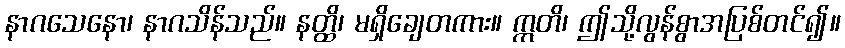
နာဂသေနော၊ နာဂသိန်သည်။ နတ္ထိ၊ မရှိချေတကား။ ဣတိ၊ ဤသို့လွန်စွာအပြစ်တင်၍။